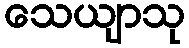
သေယျာသု